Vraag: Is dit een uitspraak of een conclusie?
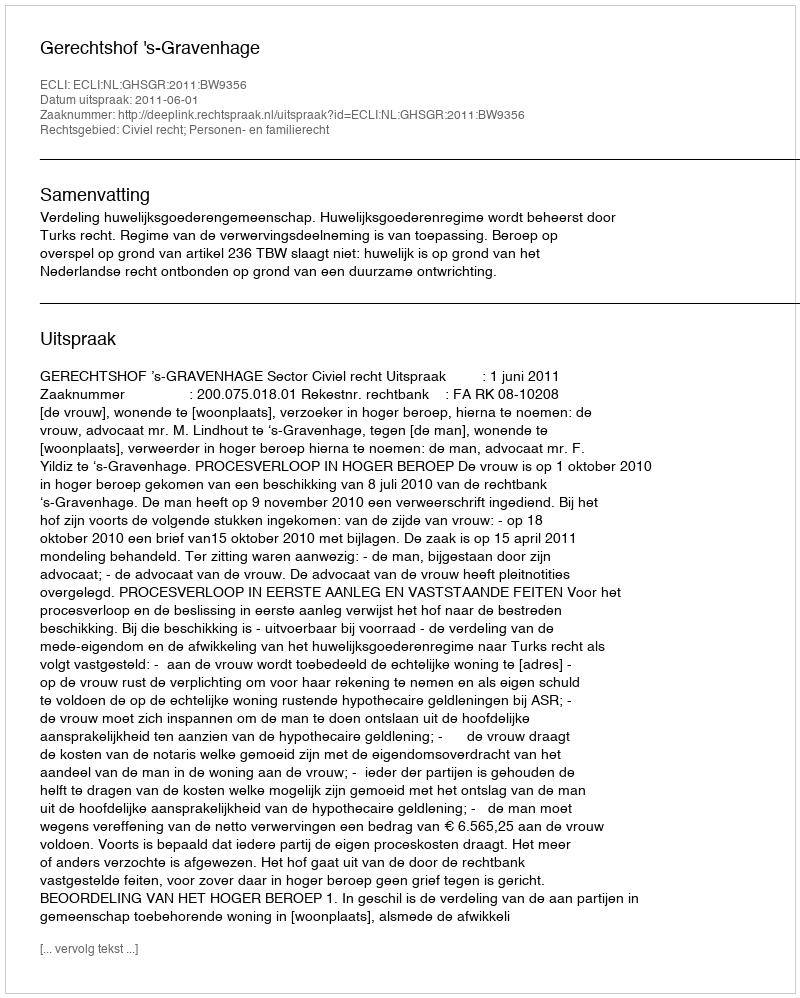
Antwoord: Uitspraak